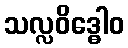
သလ္လဝိဒ္ဓေါဝ